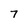
Character: 7